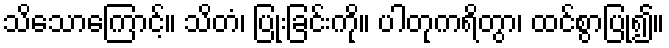
သိသောကြောင့်။ သိတံ၊ ပြုံးခြင်းကို။ ပါတုကရိတွာ၊ ထင်စွာပြု၍။